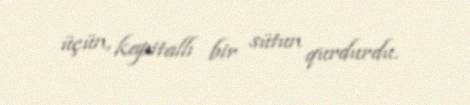
üçün, kapitallı bir sütun qurdurdu.